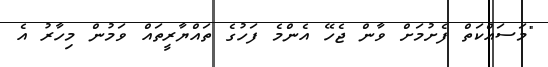
"މަސައްކަތް ފެށުމަށް ވާން ޖެހޭ އެންމެ ފަހުގެ ތައްޔާރީތައް ވަމުން މިހާރު އެ